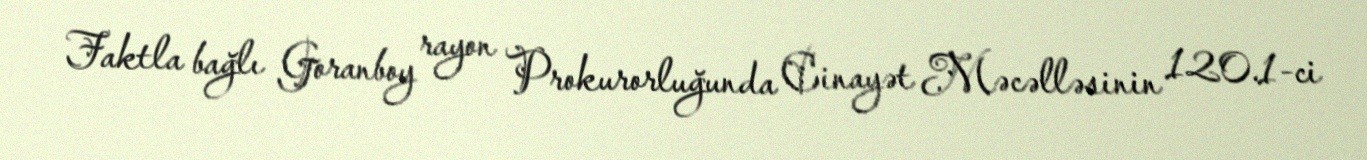
Faktla bağlı Goranboy rayon Prokurorluğunda Cinayət Məcəlləsinin 120.1-ci